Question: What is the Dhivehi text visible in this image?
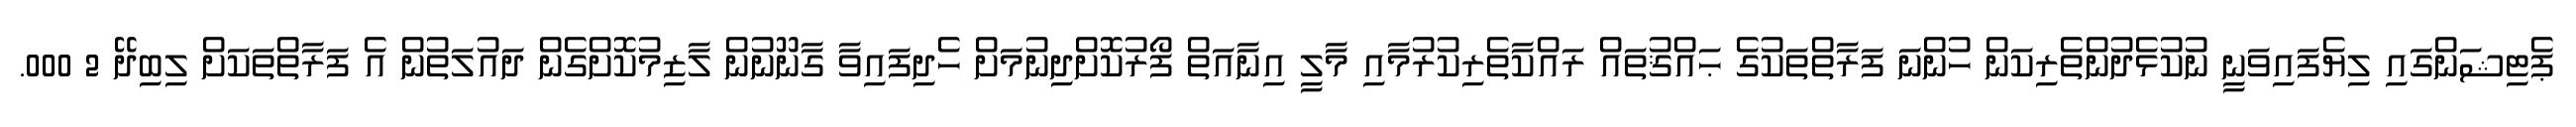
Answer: ޕެޓިޝަންގައި ލިޔެފައިވަނީ ނުކުޅެދުންތެރިކަން ހުންނަ ފަރާތްތަކުގެ ޙައްޤުތައް ރައްކާތެރިކުރުމާއި މާލީ އިނާއަތް ފޯރުކޮށްދިނުމަށް ހެދިފައިވާ ގާނޫނުން ލާޒިމުކޮށްގެން ދައުލަތުން އެ ފަރާތްތަކަށް ލިބިދޭ 2 000.